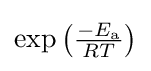
\exp \left({\tfrac {-E_{\text{a}}}{RT}}\right)